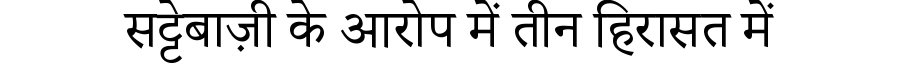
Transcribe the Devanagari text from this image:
सट्टेबाज़ी के आरोप में तीन हिरासत में